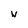
Character: W